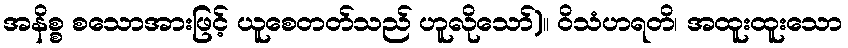
အနိစ္စ စသောအားဖြင့် ယူစေတတ်သည် ဟူလိုသော်)။ ဝိသံဟရတိ၊ အထူးထူးသော